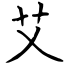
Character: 艾